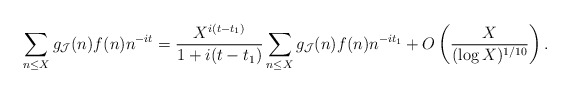
\begin{align*}\sum_{\substack{n \leq X}} g_{\mathcal{J}}(n) f(n)n^{-it} = \frac{X^{i(t-t_1)}}{1+ i(t-t_1)} \sum_{n \leq X} g_{\mathcal{J}}(n) f(n)n^{-it_1} + O\left(\frac{X}{(\log X)^{1/10}}\right).\end{align*}